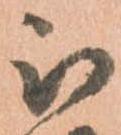
被